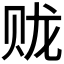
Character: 𫎦